Civil Veterinary Department Bihar reports 1940-50 - 1940-1950
Year: 1940
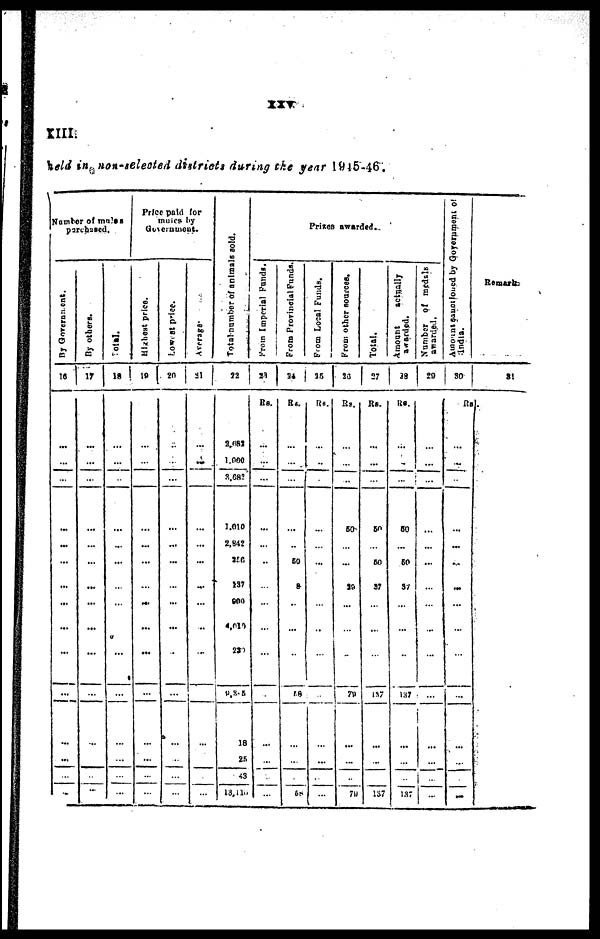
xxv.
XIII.
held in non-selected districts during the year 1945-46.
Nomber of mules
purchased.
By Government.
16
...
...
...
...
...
...
...
...
...
...
...
...
...
...
...
By others.
17
...
...
...
...
...
...
...
...
...
...
...
...
...
...
...
Total
18
...
...
...
...
...
...
...
...
...
...
...
...
...
...
...
Price paid for
Goverment.
Highest price.
19
...
...
...
...
...
...
...
...
...
...
...
...
...
...
...
Lowest price.
20
...
...
...
...
...
...
...
...
...
...
...
...
...
...
...
Average.
21
...
...
...
...
...
...
...
...
..
...
...
...
...
...
...
Total number of animals sold.
22
2,682
1.000
3,682
1,010
2,342
256
137
900
4,010
230
9,305
18
25
43
13,110
Prices awarded.
From Imperial Funds.
23
Rs.
...
...
...
...
...
...
...
...
...
...
...
...
...
...
...
From Provincial Funds.
24
Rs.
...
...
...
...
...
50
8
...
...
...
48
...
...
...
68
From
Local Funds.
25
Rs.
...
...
...
...
...
...
...
...
...
...
...
...
...
...
...
From
other sources.
26
Rs.
....
...
...
50
...
...
29
...
...
...
29
...
...
...
79
Total.
27
Rs.
...
...
...
50
...
50
37
...
...
...
137
...
...
...
137
Amount
actually
awarded.
28
Rs.
...
...
...
50
...
50
37
...
...
...
137
...
...
...
137
Number
of medals
awarded.
29
...
...
...
...
...
...
...
...
...
...
...
...
...
...
...
Amount sanctioned by Government of.
India.
30
Rs.
...
...
...
...
...
...
...
...
...
...
...
...
...
...
...
Remarks
31